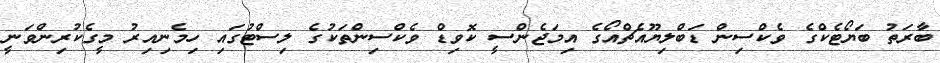
ބާރަތު ބަޔޯޓެކްގެ ވެކްސިން ޑަބްލިޔޫއެޗްއޯގެ އިމަޖެންސީ ކޮވިޑް ވެކްސިންތަކުގެ ލިސްޓުގައި ހިމެނިއިރު މީގެކުރިންވަނީ